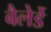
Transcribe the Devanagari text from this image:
बैलेर्डे